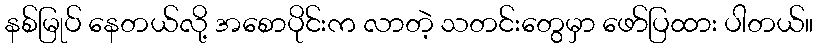
နစ်မြုပ် နေတယ်လို့ အစောပိုင်းက လာတဲ့ သတင်းတွေမှာ ဖော်ပြထား ပါတယ်။